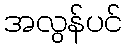
အလွန်ပင်